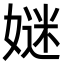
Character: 㜆